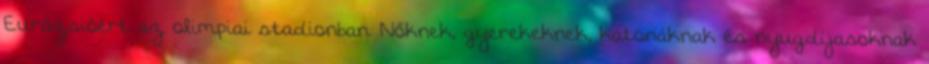
Eurázsióért az olimpiai stadionban. Nőknek, gyerekeknek, katonáknak és nyugdíjasoknak